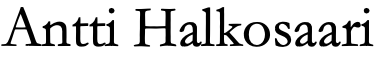
Antti Halkosaari